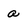
Character: a